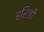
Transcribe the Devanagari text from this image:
हरिजी